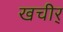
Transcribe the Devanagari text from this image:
खचीर्